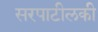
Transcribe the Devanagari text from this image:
सरपाटीलकी